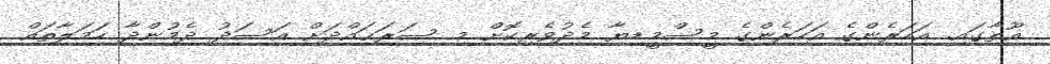
ޣޫތާގައި. އަހަރެންގެ އަހަރެންގެ މީސްމީޑިޔާ މެދުވެރިކޮށް މި ސަރަޙައްދަށް އަސަދު ދެމުންދާ ހަމަލާތައް